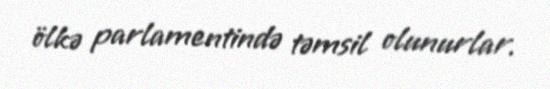
ölkə parlamentində təmsil olunurlar.